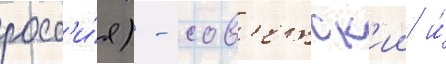
росс'и́я) - сов'етск'ии и́